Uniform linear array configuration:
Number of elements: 48
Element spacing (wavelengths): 0.75
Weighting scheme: blackman
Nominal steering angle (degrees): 60
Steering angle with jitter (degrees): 60.328
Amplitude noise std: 0.05
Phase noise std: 0.05

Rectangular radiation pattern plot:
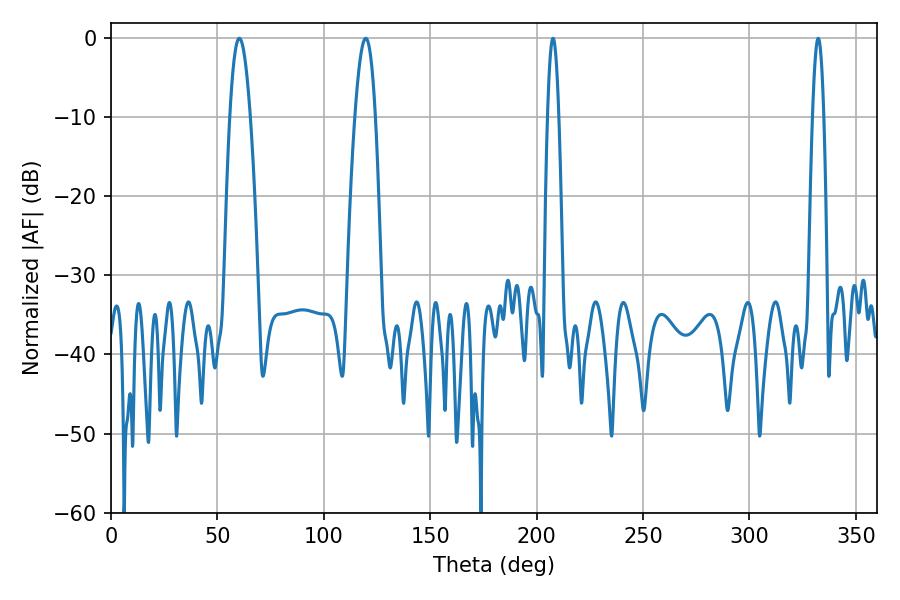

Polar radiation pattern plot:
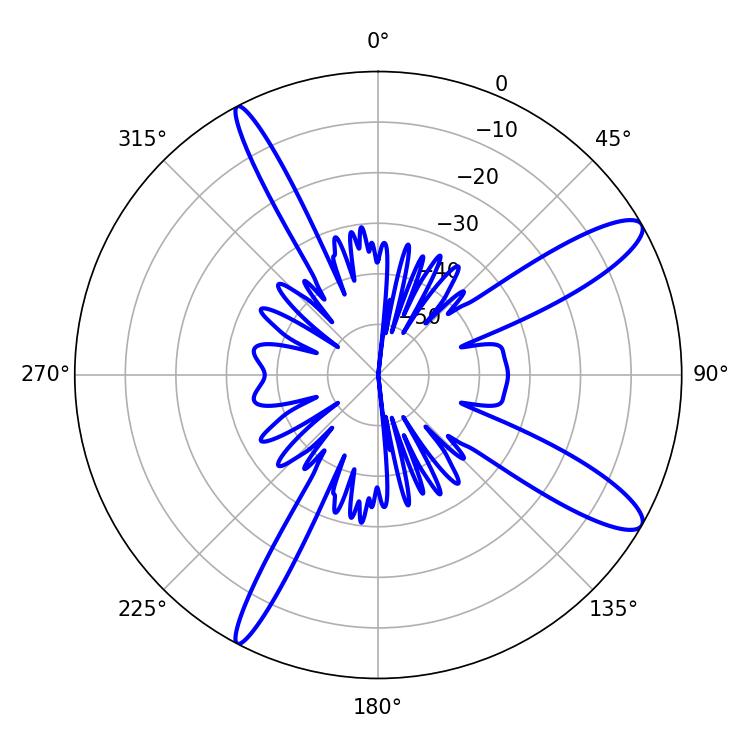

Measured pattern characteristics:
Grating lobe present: TRUE
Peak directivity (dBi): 12.151
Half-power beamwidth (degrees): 5.22
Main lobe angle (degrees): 60.3